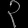
Digit: ၃